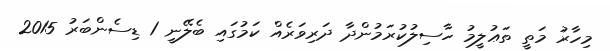
މިހާރު މަތީ ތަޢުލީމު ހާސިލުކުރަމުންދާ ދަރިވަރެއް ކަމުގައި ބެލޭނީ 1 ޑިސެންބަރު 2015